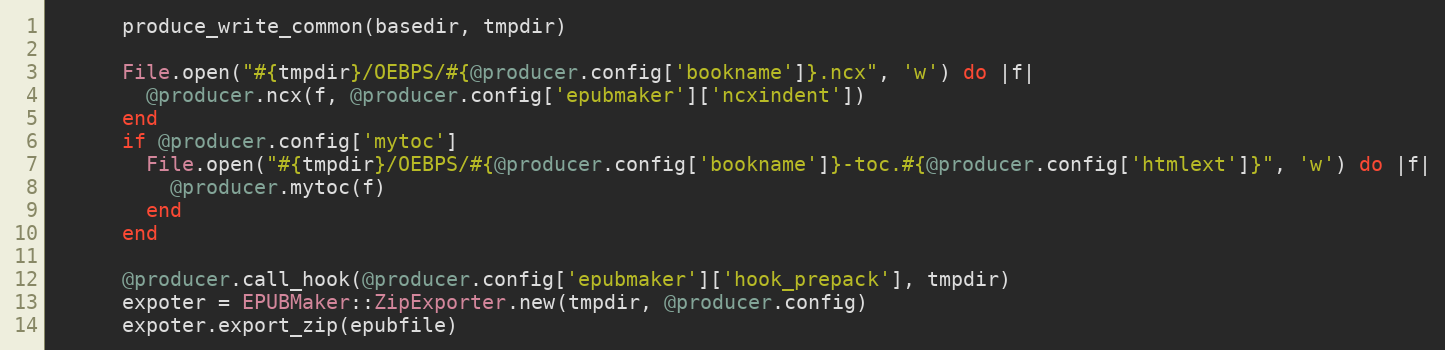
Language: Ruby
      produce_write_common(basedir, tmpdir)

      File.open("#{tmpdir}/OEBPS/#{@producer.config['bookname']}.ncx", 'w') do |f|
        @producer.ncx(f, @producer.config['epubmaker']['ncxindent'])
      end
      if @producer.config['mytoc']
        File.open("#{tmpdir}/OEBPS/#{@producer.config['bookname']}-toc.#{@producer.config['htmlext']}", 'w') do |f|
          @producer.mytoc(f)
        end
      end

      @producer.call_hook(@producer.config['epubmaker']['hook_prepack'], tmpdir)
      expoter = EPUBMaker::ZipExporter.new(tmpdir, @producer.config)
      expoter.export_zip(epubfile)